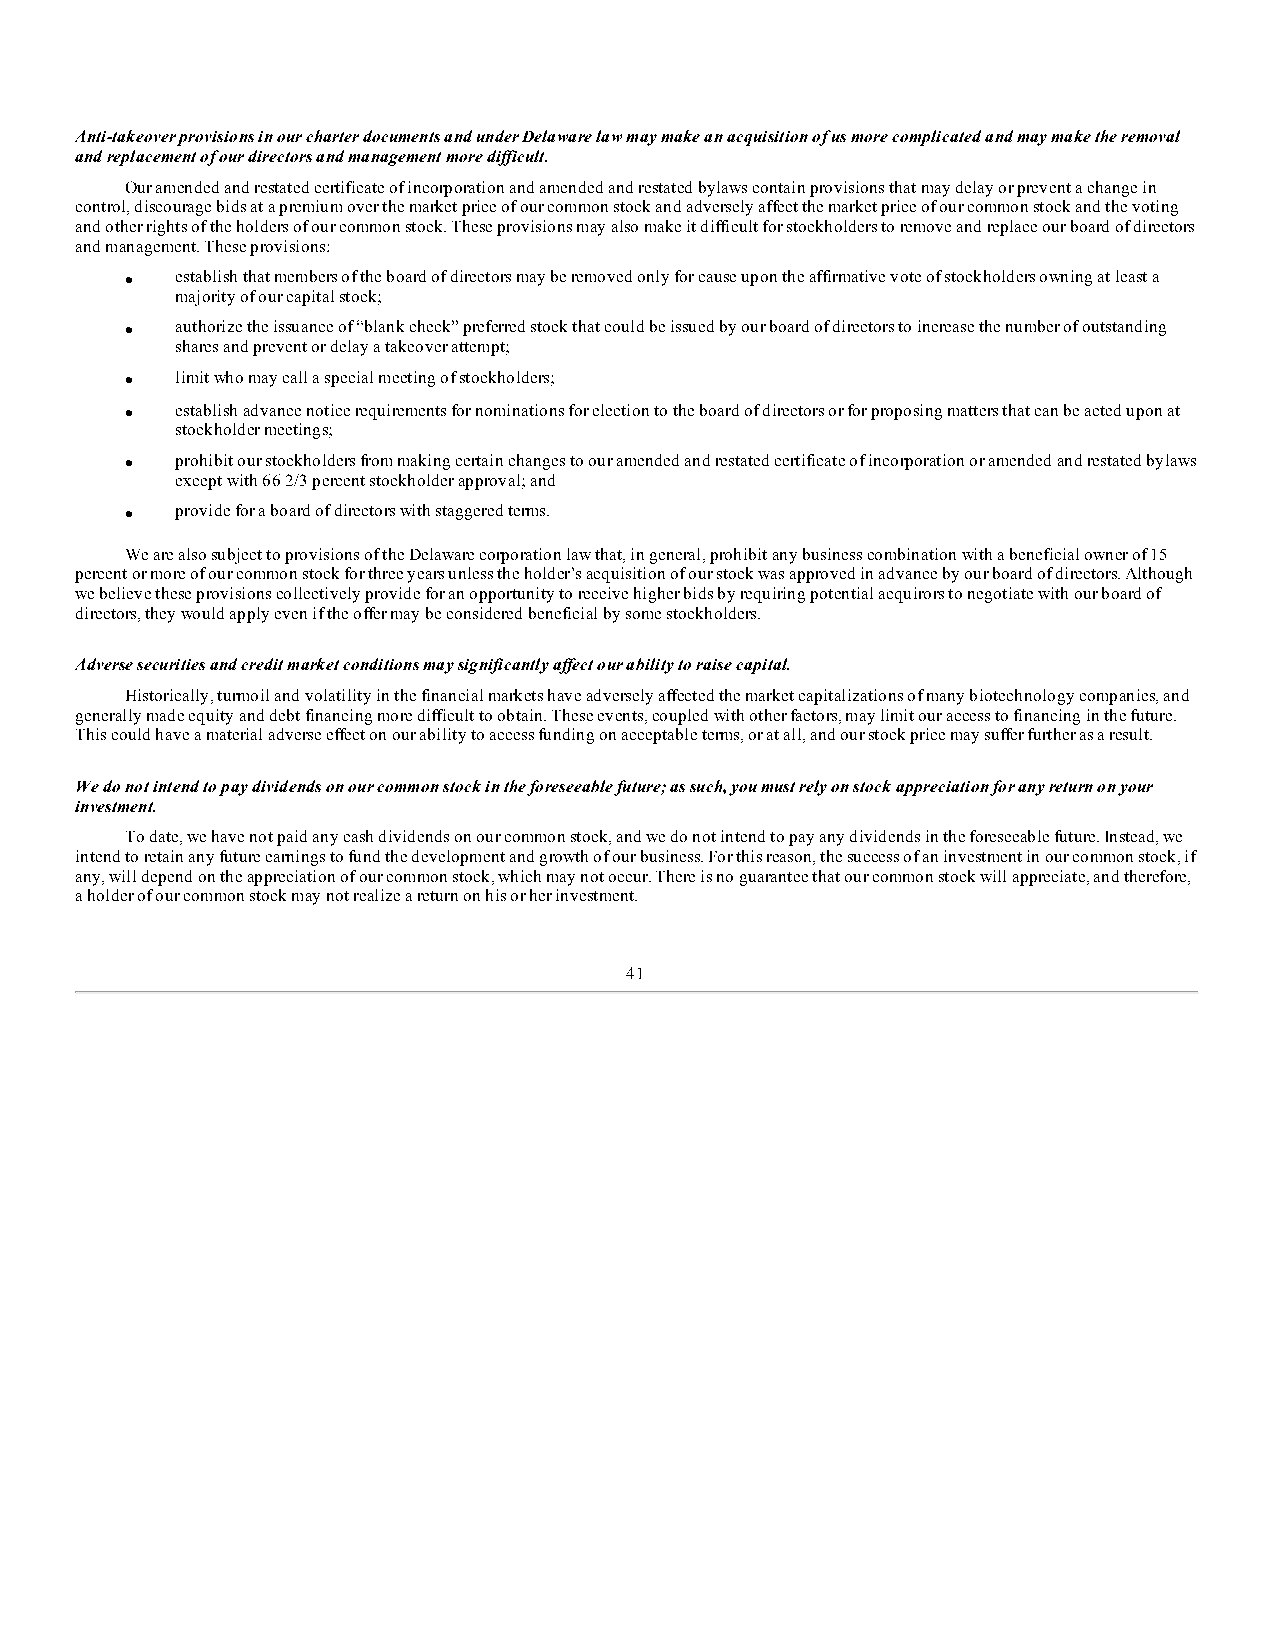
Anti-takeover provisions in our charter documents and under Delaware law may make an acquisition of us more complicated and may make the removal
 and replacement of our directors and management more difficult.
 Our amended and restated certificate of incorporation and amended and restated bylaws contain provisions that may delay or prevent a change in
 control, discourage bids at a premium over the market price of our common stock and adversely affect the market price of our common stock and the voting
 and other rights of the holders of our common stock. These provisions may also make it difficult for stockholders to remove and replace our board of directors
 and management. These provisions:
 ·   establish that members of the board of directors may be removed only for cause upon the affirmative vote of stockholders owning at least a
 majority of our capital stock;
 ·   authorize the issuance of “blank check” preferred stock that could be issued by our board of directors to increase the number of outstanding
 shares and prevent or delay a takeover attempt;
 ·   limit who may call a special meeting of stockholders;
 ·   establish advance notice requirements for nominations for election to the board of directors or for proposing matters that can be acted upon at
 stockholder meetings;
 ·   prohibit our stockholders from making certain changes to our amended and restated certificate of incorporation or amended and restated bylaws
 except with 66 2/3 percent stockholder approval; and
 ·   provide for a board of directors with staggered terms.
 We are also subject to provisions of the Delaware corporation law that, in general, prohibit any business combination with a beneficial owner of 15
 percent or more of our common stock for three years unless the holder’s acquisition of our stock was approved in advance by our board of directors. Although
 we believe these provisions collectively provide for an opportunity to receive higher bids by requiring potential acquirors to negotiate with our board of
 directors, they would apply even if the offer may be considered beneficial by some stockholders.
 Adverse securities and credit market conditions may significantly affect our ability to raise capital.
 Historically, turmoil and volatility in the financial markets have adversely affected the market capitalizations of many biotechnology companies, and
 generally made equity and debt financing more difficult to obtain. These events, coupled with other factors, may limit our access to financing in the future.
 This could have a material adverse effect on our ability to access funding on acceptable terms, or at all, and our stock price may suffer further as a result.
 We do not intend to pay dividends on our common stock in the foreseeable future; as such, you must rely on stock appreciation for any return on your
 investment.
 To date, we have not paid any cash dividends on our common stock, and we do not intend to pay any dividends in the foreseeable future. Instead, we
 intend to retain any future earnings to fund the development and growth of our business. For this reason, the success of an investment in our common stock, if
 any, will depend on the appreciation of our common stock, which may not occur. There is no guarantee that our common stock will appreciate, and therefore,
 a holder of our common stock may not realize a return on his or her investment.
 41